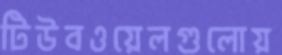
টিউবওয়েলগুলোয়